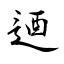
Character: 逎